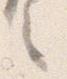
之